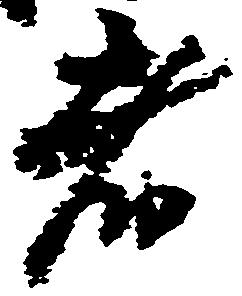
者